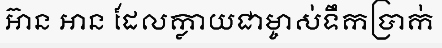
អ៊ាន អាន ដែលក្លាយជាម្ចាស់ទឹកប្រាក់